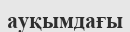
ауқымдағы